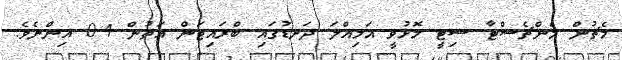
މެޗުން މެންޗެސްޓާ ސިޓީ މޮޅުވީ އަމިއްލަ ދަނޑުގައި ބްރައިޓަން އަތުން 4-0 އިންނެވެ.